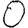
Digit: 0